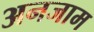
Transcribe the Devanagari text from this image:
अनजाम